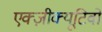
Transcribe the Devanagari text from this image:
एक्ज़ीक्यूटिवों